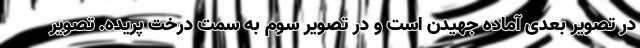
در تصویر بعدی آماده جهیدن است و در تصویر سوم به سمت درخت پریده. تصویر